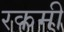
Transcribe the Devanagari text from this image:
रकमी